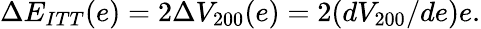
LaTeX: \Delta E_{ITT}(e)=2\Delta V_{200}(e)=2(dV_{200}/de)e.